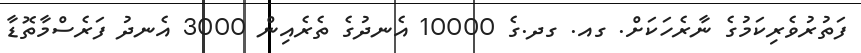
ފަތުރުވެރިކަމުގެ ނާރެހަކަށް. ގއ. ގދ.ގެ 10000 އެނދުގެ ތެރެއިން 3000 އެނދު ފަރެސްމާތޮޑާ